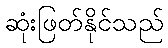
ဆုံးဖြတ်နိုင်သည်